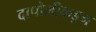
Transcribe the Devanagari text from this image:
दापोलीकडून